Calcutta medical institutions reports 1879-81 [i.e.91]
Year: 1879
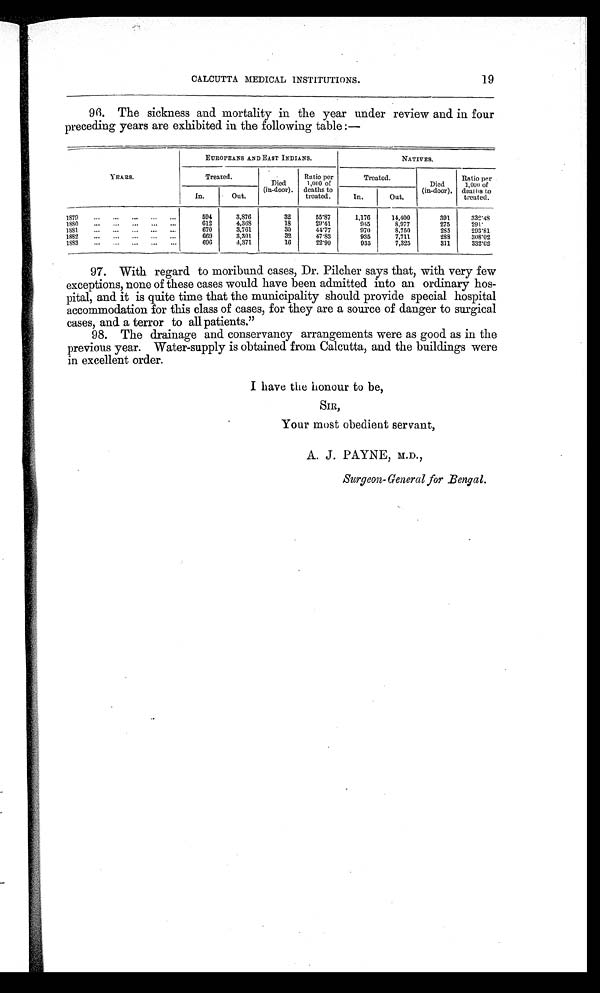
19
CALCUTTA MEDICAL INSTITUTIONS.
96. The sickness and mortality in the year under review and in four
preceding years are exhibited in the following table:—
YEARS.
EUROPEANS AND EAST INDIANS.
NATIVES.
Treated.
Died
(in-door).
Ratio per
1,000 of
deaths to
treated.
Treated.
Died
(in-door).
Ratio per
1,000 of
deaths to
treated.
In.
Out.
In.
Out .
1879
... ... ... ...
...
594
3,876
32
55.87
1,176
14,400
391
332.48
1880
... ... ... ...
...
612
4,368
18
29.41
945
8,977
275
2 9 1 .
1881
... ...
... ...
670
3,761
30
44.77
970
8,750
285
293.81
1882
... ... ... ...
...
669
3,301
32
47.83
935
7,711
288
308.02
1883
... ... ... ... ...
696
4,371
16
22.99
935
7,325
311
332.62
97. With regard to moribund cases, Dr. Pilcher says that, with very few
exceptions, none of these cases would have been admitted into an ordinary hos-
pital, and it is quite time that the municipality should provide special hospital
accommodation for this class of cases, for they are a source of danger to surgical
cases, and a terror to all patients."
98. The drainage and conservancy arrangements were as good as in the
previous year. Water-supply is obtained from Calcutta, and the buildings were
in excellent order.
I have the honour to be,
SIR,
Your most obedient servant,
A. J. PAYNE, M.D.,
Sur geon—Gener al f or Bengal .